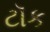
ટૉક